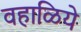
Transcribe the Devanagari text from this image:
वहाळिये